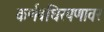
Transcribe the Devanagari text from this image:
कर्णबधिरपणावर